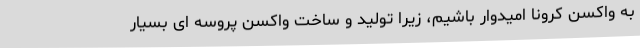
به واکسن کرونا امیدوار باشیم، زیرا تولید و ساخت واکسن پروسه ای بسیار